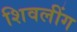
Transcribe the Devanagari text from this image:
शिवलींग